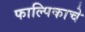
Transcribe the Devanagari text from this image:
फाल्पिकाचे